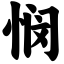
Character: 悯